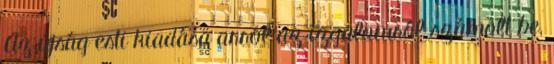
Az újság esti kiadása arról az izgalomról számolt be,